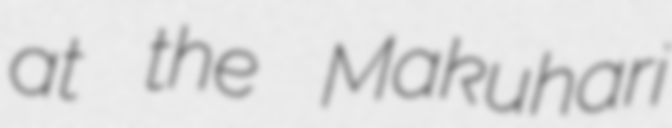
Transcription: at the Makuhari